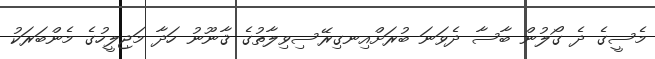
މެސީގެ ދެ ގޯލުން ބާސާ ދެވަނަ ބުރަށްއިނގިރޭސިވިލާތުގެ ޤާނޫނު ހަދާ މަޖިލީހުގެ މެންބަރަކު